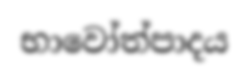
භාවෝත්පාදය